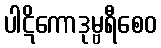
ပါဋိကောဒုမ္ဗရီစေဝ